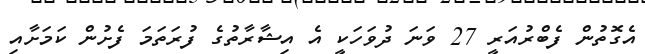
އެގޮތުން ފެބްރުއަރީ 27 ވަނަ ދުވަހަކީ އެ އިޝާރާތުގެ ފުރަތަމަ ފެށުން ކަމަށާއި